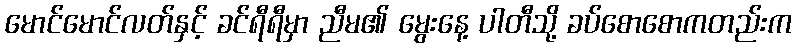
မောင်မောင်လတ်နှင့် ခင်ရီရီမှာ ညီမ၏ မွေးနေ့ ပါတီသို့ ခပ်စောစောကတည်းက